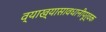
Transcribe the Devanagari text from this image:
व्याख्यासावधानीपूर्वक